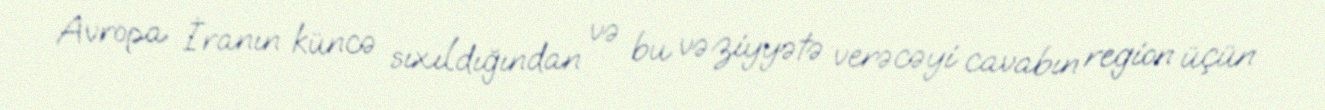
Avropa İranın küncə sıxıldığından və bu vəziyyətə verəcəyi cavabın region üçün